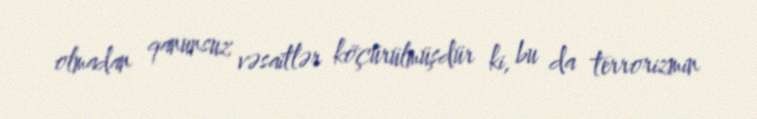
olmadan qanunsuz vəsaitlər köçürülmüşdür ki, bu da terrorizmin